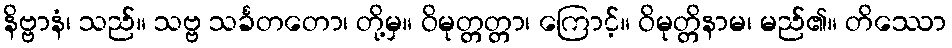
နိဗ္ဗာနံ၊ သည်။ သဗ္ဗ သင်္ခတတော၊ တို့မှ။ ဝိမုတ္တတ္တာ၊ ကြောင့်။ ဝိမုတ္တိနာမ၊ မည်၏။ တိဿော